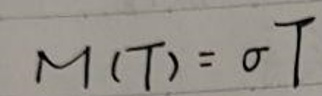
$M(T)=\sigma T$